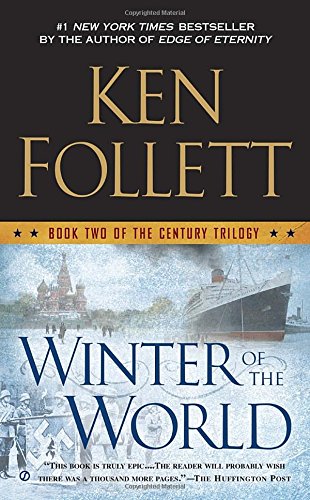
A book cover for Winter of the World: Book Two of the Century Trilogy; Ken Follett; Literature & Fiction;